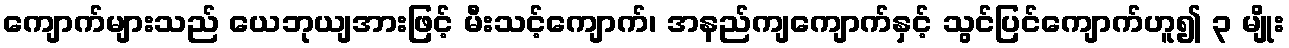
ကျောက်များသည် ယေဘုယျအားဖြင့် မီးသင့်ကျောက်၊ အနည်ကျကျောက်နှင့် သွင်ပြင်ကျောက်ဟူ၍ ၃ မျိုး